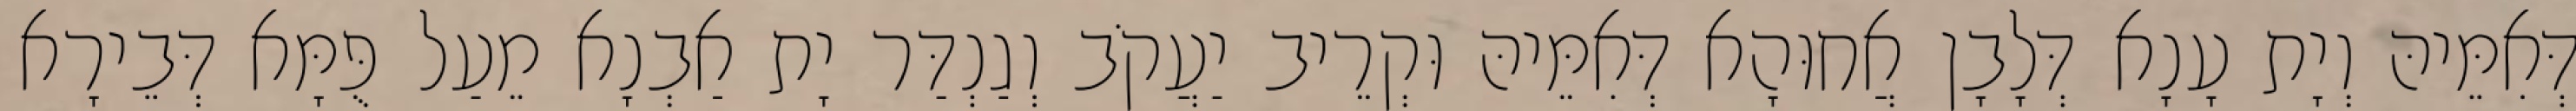
דְּאִמֵּיהּ וְיָת עָנָא דְּלָבָן אֲחוּהָא דְּאִמֵּיהּ וּקְרֵיב יַעֲקֹב וְגַנְדַּר יָת אַבְנָא מֵעַל פֻּמָּא דְּבֵירָא